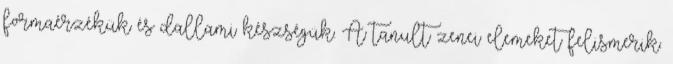
formaérzékük és dallami készségük. A tanult zenei elemeket felismerik.